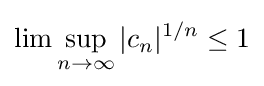
\lim \sup _{n\to \infty }|c_{n}|^{1/n}\leq 1